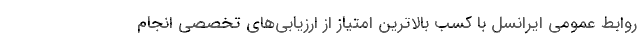
روابط عمومی ایرانسل با کسب بالاترین امتیاز از ارزیابی‌های تخصصی انجام